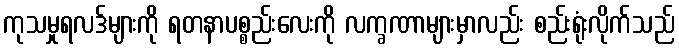
ကုသမှုရလဒ်များကို ရတနာပစ္စည်းလေးကို လက္ခဏာများမှာလည်း စည်းရုံးလိုက်သည်